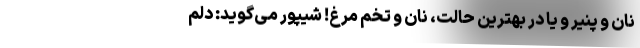
نان و پنیر و یا در بهترین حالت، نان و تخم مرغ! شیپور می‌گوید: دلم